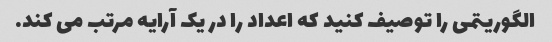
الگوریتمی را توصیف کنید که اعداد را در یک آرایه مرتب می کند.